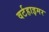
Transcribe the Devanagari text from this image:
वर्टहाइमर